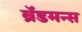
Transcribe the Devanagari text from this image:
ब्रॅडमन्स